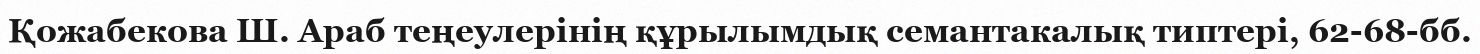
Қожабекова Ш. Араб теңеулерінің құрылымдық семантакалық типтері, 62-68-бб.